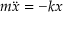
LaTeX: m { \ddot { x } } = - k x